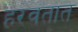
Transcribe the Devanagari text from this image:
हरवतात